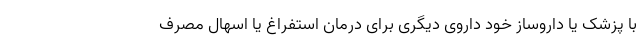
با پزشک یا داروساز خود داروی دیگری برای درمان استفراغ یا اسهال مصرف